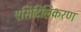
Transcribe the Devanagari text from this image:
एसिटिलिकरण